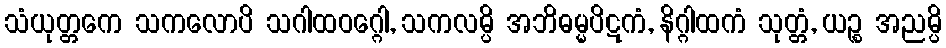
သံယုတ္တကေ သကလောပိ သဂါထဝဂ္ဂေါ, သကလမ္ပိ အဘိဓမ္မပိဋကံ, နိဂ္ဂါထကံ သုတ္တံ, ယဉ္စ အညမ္ပိ